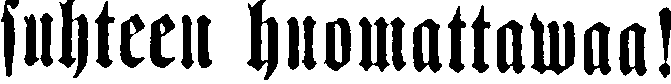
suhteen huomattawaa!